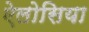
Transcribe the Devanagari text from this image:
ऐलोसिया